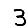
Digit: 3